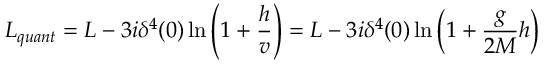
{ \cal L } _ { q u a n t } = { \cal L } _ { } - 3 i \delta ^ { 4 } ( 0 ) \ln \left( 1 + \frac { h } { v } \right) = { \cal L } _ { } - 3 i \delta ^ { 4 } ( 0 ) \ln \left( 1 + \frac { g } { 2 M } h \right)